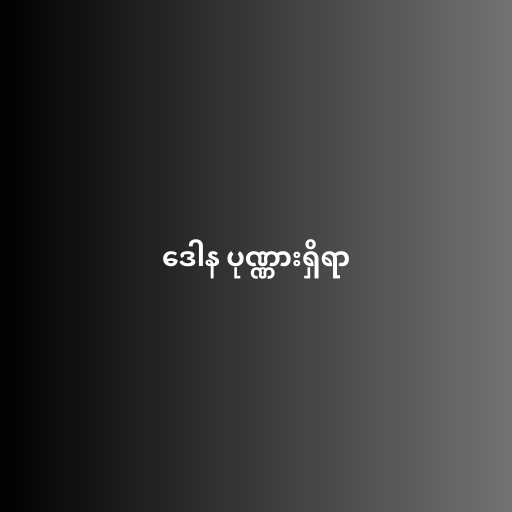
ဒေါန ပုဏ္ဏားရှိရာ